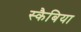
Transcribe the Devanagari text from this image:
स्कैबिया